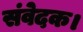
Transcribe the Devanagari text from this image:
संवेदक।